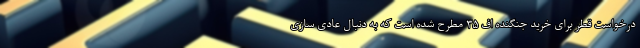
درخواست قطر برای خرید جنگنده اف ۳۵ مطرح شده است که به دنبال عادی سازی